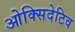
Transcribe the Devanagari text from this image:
ओक्सिदेटिव